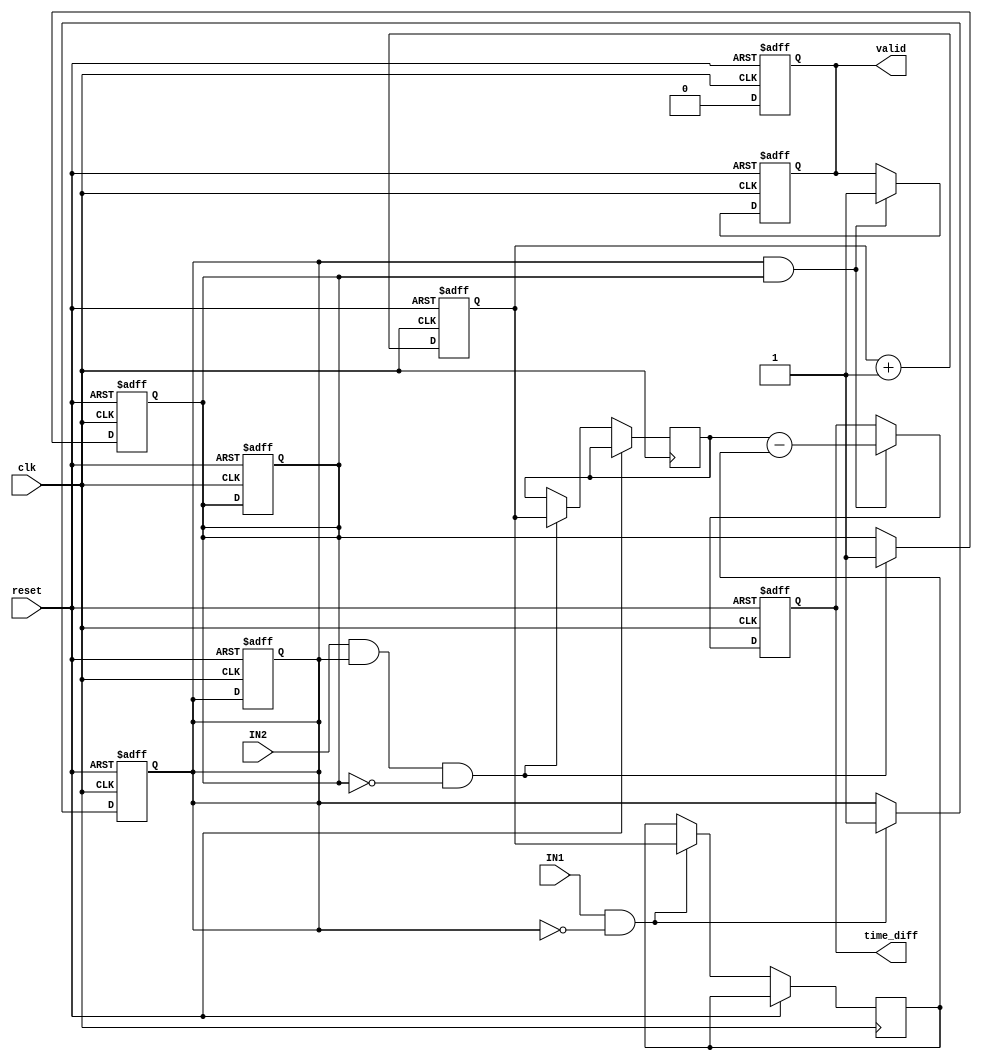
module TDC (
    input wire clk,          // High-resolution clock
    input wire reset,        // Reset signal
    input wire IN1,         // Input channel 1
    input wire IN2,         // Input channel 2
    output reg [31:0] time_diff, // Time difference output
    output reg valid        // Valid output flag
);

    reg [31:0] counter;     // Counter for time measurement
    reg [31:0] timestamp1;  // Timestamp for first edge
    reg [31:0] timestamp2;  // Timestamp for second edge
    reg edge1_detected;     // Flag for first edge detection
    reg edge2_detected;     // Flag for second edge detection

    // Edge detection for IN1
    always @(posedge clk or posedge reset) begin
        if (reset) begin
            edge1_detected <= 0;
        end else if (IN1 && !edge1_detected) begin
            timestamp1 <= counter; // Capture timestamp for IN1
            edge1_detected <= 1;   // Set edge detected flag
        end
    end

    // Edge detection for IN2
    always @(posedge clk or posedge reset) begin
        if (reset) begin
            edge2_detected <= 0;
        end else if (IN2 && edge1_detected && !edge2_detected) begin
            timestamp2 <= counter; // Capture timestamp for IN2
            edge2_detected <= 1;   // Set edge detected flag
        end
    end

    // Counter increment
    always @(posedge clk or posedge reset) begin
        if (reset) begin
            counter <= 0;
            valid <= 0;
            time_diff <= 0;
            edge1_detected <= 0;
            edge2_detected <= 0;
        end else begin
            counter <= counter + 1; // Increment counter

            // Calculate time difference when both edges are detected
            if (edge1_detected && edge2_detected) begin
                time_diff <= timestamp2 - timestamp1; // Calculate time difference
                valid <= 1; // Set valid flag
            end
        end
    end

    // Reset valid flag after reading
    always @(posedge clk or posedge reset) begin
        if (reset) begin
            valid <= 0;
        end else if (valid) begin
            valid <= 0; // Reset valid flag after measurement is taken
        end
    end

endmodule